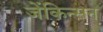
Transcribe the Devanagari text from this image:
जेंकिन्सन